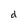
Character: d